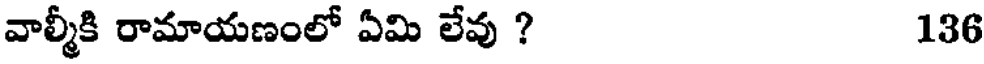
వాల్మీకి రామాయణంలో ఏమి లేవు ? 136